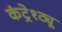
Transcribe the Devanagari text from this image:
कंट्रेश्ट्यू